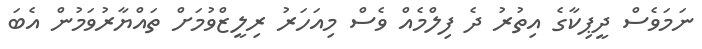
ނަމަވެސް ދީޕިކާގެ އިތުރު ދެ ފިލްމެއް ވެސް މިއަހަރު ރިލީޒްވުމަށް ތައްޔާރުވަމުން އެބަ